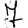
Digit: 7